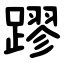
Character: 蹘